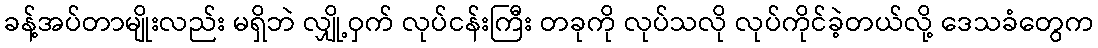
ခန့်အပ်တာမျိုးလည်း မရှိဘဲ လျှို့ဝှက် လုပ်ငန်းကြီး တခုကို လုပ်သလို လုပ်ကိုင်ခဲ့တယ်လို့ ဒေသခံတွေက